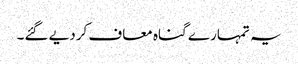
یہ تمہارے گناہ معاف کردیے گئے۔